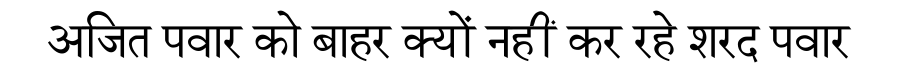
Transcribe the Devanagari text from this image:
अजित पवार को बाहर क्यों नहीं कर रहे शरद पवार